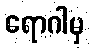
ရောဂါမှ